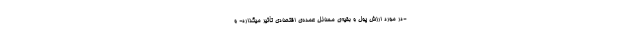
-در مورد ارزش پول و بقیّه‌ی مسائل عمده‌ی اقتصادی تأثیر میگذارد- و